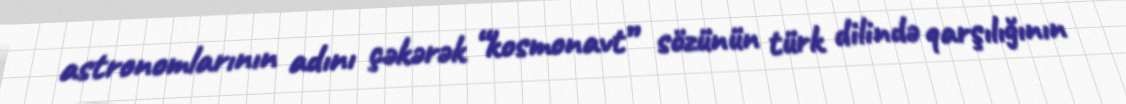
astronomlarının adını çəkərək “kosmonavt” sözünün türk dilində qarşılığının